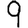
Digit: 9